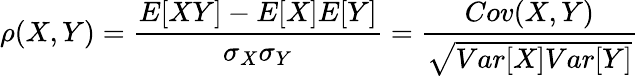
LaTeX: \rho(X,Y)=\frac{E[XY]-E[X]E[Y]}{\sigma_{X}\sigma_{Y}}=\frac{Cov(X,Y)}{\sqrt{Var[X]Var[Y]}}